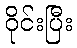
ဝိုင်းပြီး